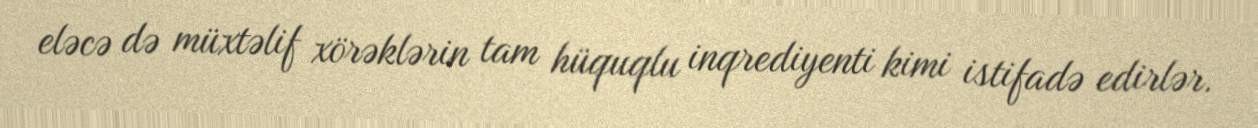
eləcə də müxtəlif xörəklərin tam hüquqlu inqrediyenti kimi istifadə edirlər.